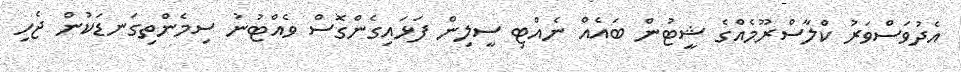
އެދުވަސްވަރު ކްލާސްރޫމެއްގެ ޝީޓުން ބައެއް ނެއްޓި ސީލިން ފަޅައިގެންގޮސް ވެއްޓުނު ސިމެންތިގަނޑަކުން ޖެހި